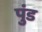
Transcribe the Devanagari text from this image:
पुंड